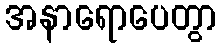
အနာရောပေတွာ